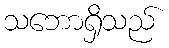
သဘောရှိသည်